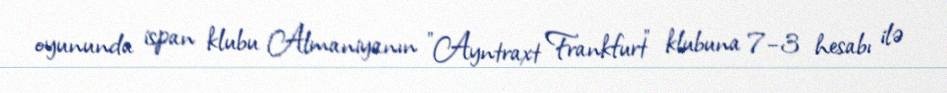
oyununda ispan klubu Almaniyanın "Ayntraxt Frankfurt" klubuna 7–3 hesabı ilə